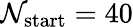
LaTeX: \mathcal{N}_{\mathrm{{start}}}=40